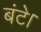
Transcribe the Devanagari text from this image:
बंटे।